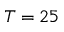
T = 2 5